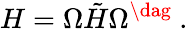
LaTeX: H=\Omega\tilde{H}\Omega^{\dag}\ .